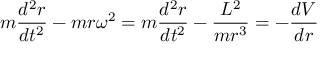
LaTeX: m { \frac { d ^ { 2 } r } { d t ^ { 2 } } } - m r \omega ^ { 2 } = m { \frac { d ^ { 2 } r } { d t ^ { 2 } } } - { \frac { L ^ { 2 } } { m r ^ { 3 } } } = - { \frac { d V } { d r } }